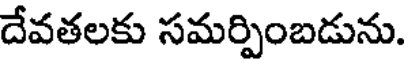
దేవతలకు సమర్పింబడును.